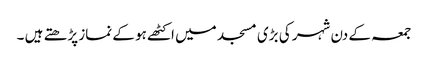
جمعہ کے دن شہر کی بڑی مسجد میں اکٹھے ہو کے نماز پڑھتے ہیں ۔